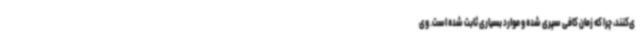
ی‌کنند، چرا که زمان کافی سپری شده و موارد بسیاری ثابت شده است. وی